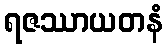
ရဇဿာယတနံ